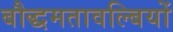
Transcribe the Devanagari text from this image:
बौद्धमतावल्बियों